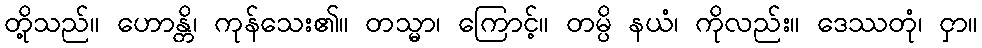
တို့သည်။ ဟောန္တိ၊ ကုန်သေး၏။ တသ္မာ၊ ကြောင့်။ တမ္ပိ နယံ၊ ကိုလည်း။ ဒေဿတုံ၊ ငှာ။